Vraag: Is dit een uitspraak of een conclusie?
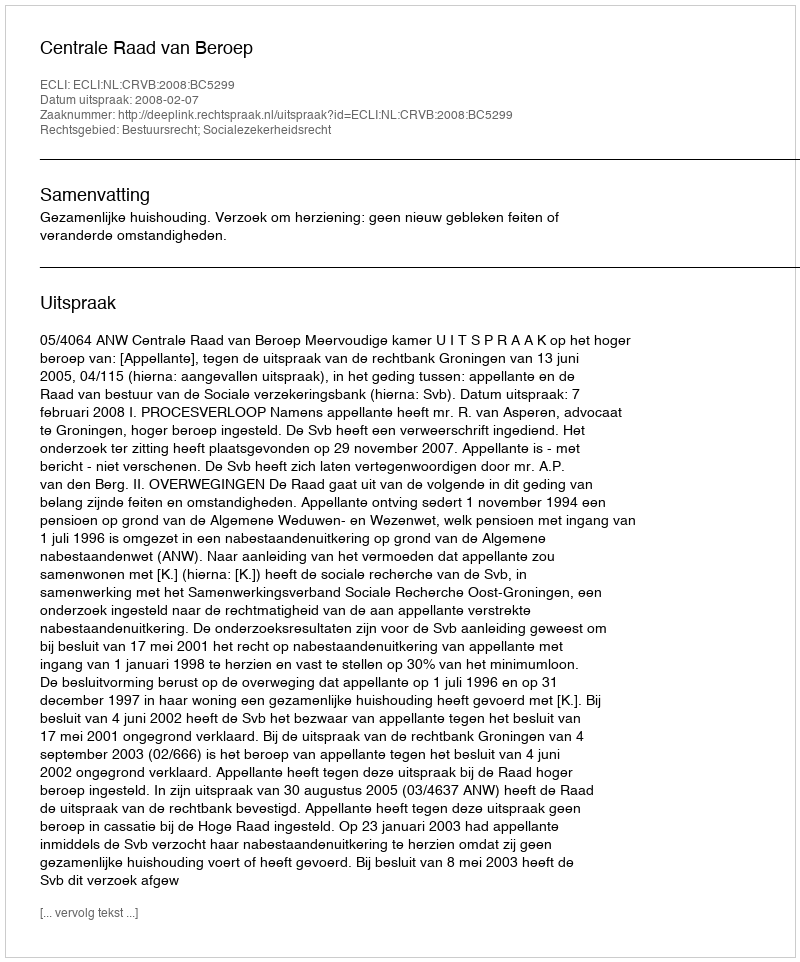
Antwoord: Uitspraak